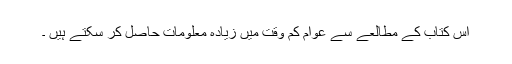
اس کتاب کے مطالعے سے عوام کم وقت میں زیادہ معلومات حاصل کر سکتے ہیں ۔